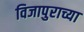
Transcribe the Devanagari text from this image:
विजापुराच्या